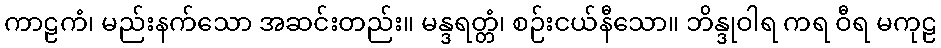
ကာဠကံ၊ မည်းနက်သော အဆင်းတည်း။ မန္ဒရတ္တံ၊ စဉ်းငယ်နီသော။ ဘိန္ဒုဝါရ ကရ ဝီရ မကုဠ